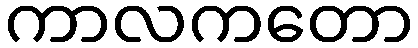
ကာလကတော